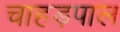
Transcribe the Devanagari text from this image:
चाहड़पाल